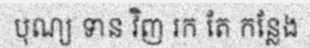
បុណ្យ ទាន វិញ រក តែ កន្លែង